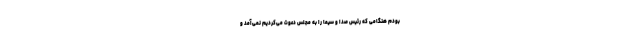
بودم هنگامی که رئیس صدا و سیما را به مجلس دعوت می‌کردیم نمی‌آمد و